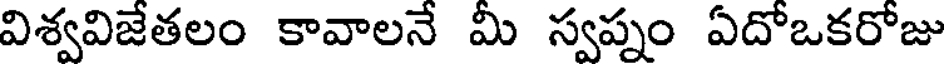
విశ్వవిజేతలం కావాలనే మీ స్వప్నం ఏదోఒకరోజు